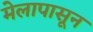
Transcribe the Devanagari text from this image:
मेलापासून